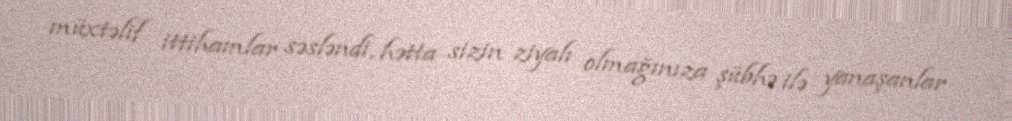
müxtəlif ittihamlar səsləndi, hətta sizin ziyalı olmağınıza şübhə ilə yanaşanlar